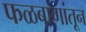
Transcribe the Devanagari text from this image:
फळबागांतून